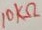
Text: 10KΩ